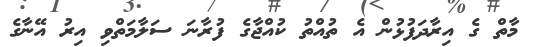
މާތް ގެ އިރާދަފުޅުން އެ ތުއްތު ކުއްޖާގެ ފުރާނަ ސަލާމަތްވި އިރު އޭނާގެ